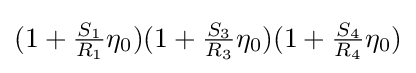
(1+{\tfrac {S_{1}}{R_{1}}}\eta _{0})(1+{\tfrac {S_{3}}{R_{3}}}\eta _{0})(1+{\tfrac {S_{4}}{R_{4}}}\eta _{0})